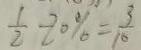
\frac { 1 } { 2 } - 2 0 \% = \frac { 3 } { 1 0 }